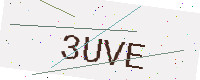
Text: 3UVE